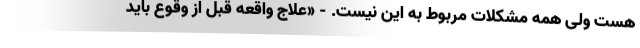
هست ولی همه مشکلات مربوط به این نیست. - «علاج واقعه قبل از وقوع باید